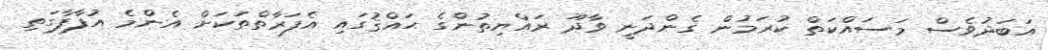
އަބަދުވެސް މަސައްކަތް ކުރަމުން ގެންދަނީ ވާދޫ ރައްޔިތުންގެ ޙައްޤުގައި އެފަރާތްތަކަށް އެންމެ އުފާފާގަތި